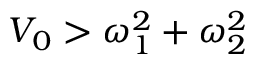
V _ { 0 } > \omega _ { 1 } ^ { 2 } + \omega _ { 2 } ^ { 2 }